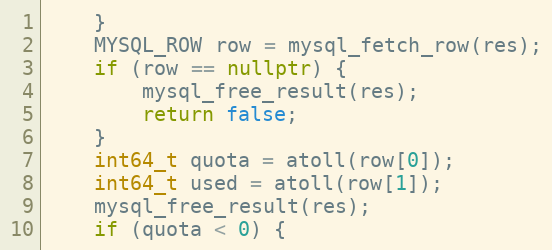
Language: C++
    }
    MYSQL_ROW row = mysql_fetch_row(res);
    if (row == nullptr) {
        mysql_free_result(res);
        return false;
    }
    int64_t quota = atoll(row[0]);
    int64_t used = atoll(row[1]);
    mysql_free_result(res);
    if (quota < 0) {